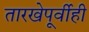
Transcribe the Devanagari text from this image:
तारखेपूर्वीही